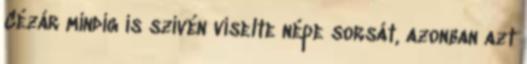
Cézár mindig is szívén viselte népe sorsát, azonban azt